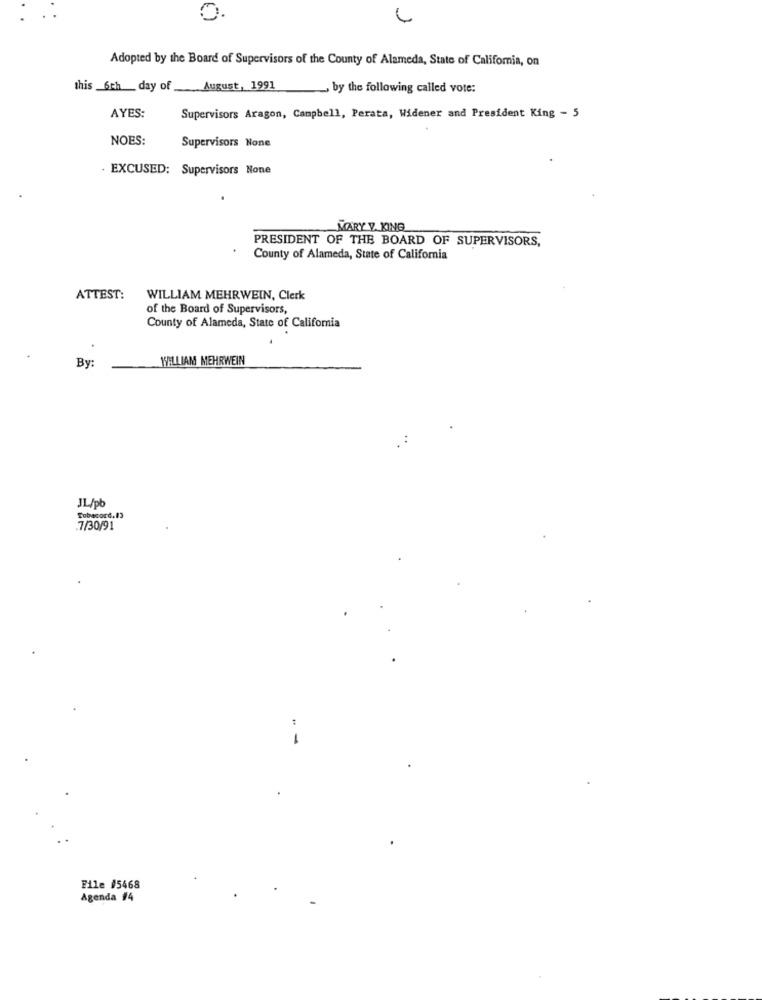
Adopted by the Board of Supervisors of the County of Alameda, State of California, on
this 6th day of August, 1991
by the following called vote:
AYES:
Supervisors Aragon, Campbell, Perata, Widener and President King - 5
NOES:
Supervisors None
. EXCUSED: Supervisors None
MARY V. KINO
PRESIDENT OF THE BOARD OF SUPERVISORS,
County of Alameda, State of California
ATTEST:
WILLIAM MEHRWEIN, Clerk
of the Board of Supervisors,
County of Alameda, State of Califomia
WILLIAM MEHRWEIN
By:
JL/pb
Subacord.13
7/30/91
File #5468
Agenda #4